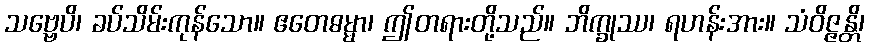
သဗ္ဗေပိ၊ ခပ်သိမ်းကုန်သော။ ဧတေဓမ္မာ၊ ဤတရားတို့သည်။ ဘိက္ခုဿ၊ ရဟန်းအား။ သံဝိဇ္ဇန္တိ၊